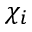
\chi _ { i }